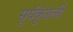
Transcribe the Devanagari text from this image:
सूर्यकुंडली